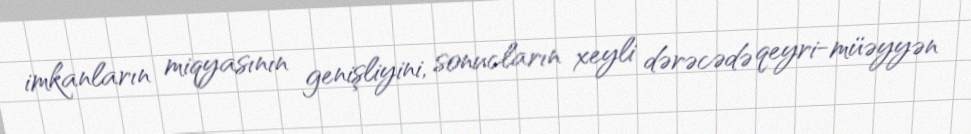
imkanların miqyasının genişliyini, sonucların xeyli dərəcədə qeyri-müəyyən